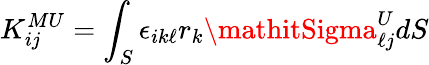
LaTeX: K_{ij}^{MU}=\int_{S}\epsilon_{ik\ell}r_{k}\mathitSigma_{\ell j}^{U}dS